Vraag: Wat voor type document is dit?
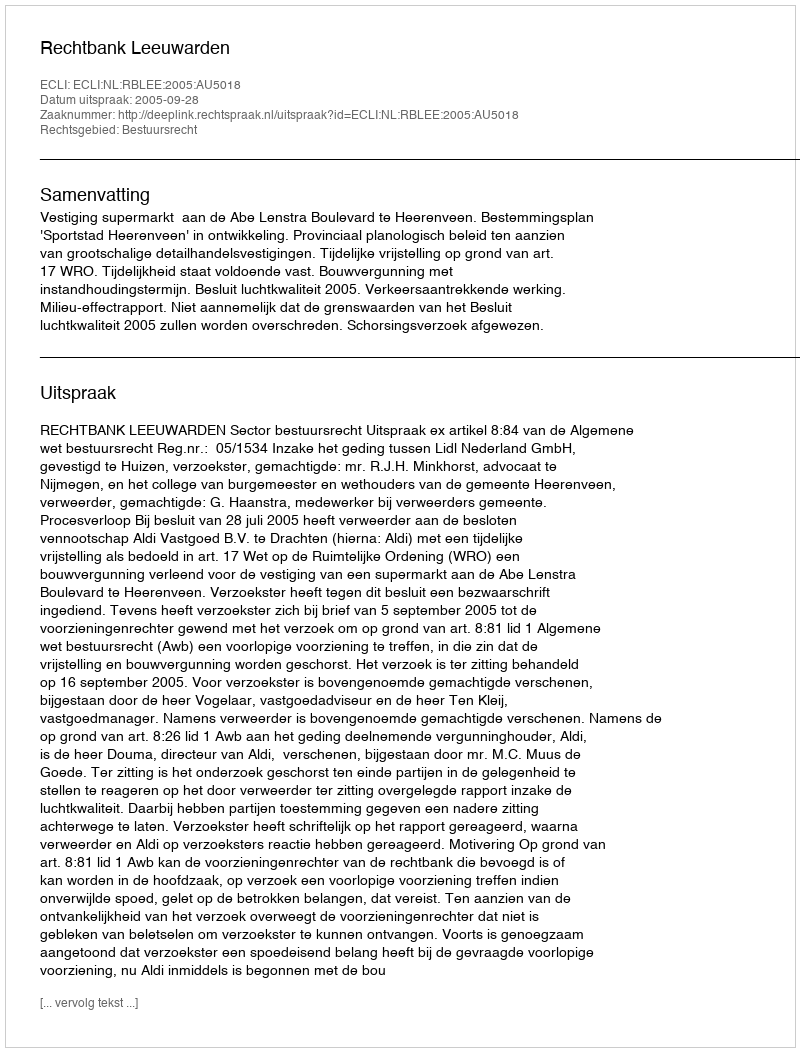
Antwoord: Uitspraak